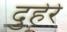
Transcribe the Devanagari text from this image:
दुहेरे